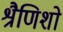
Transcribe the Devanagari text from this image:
श्रैणिशो